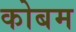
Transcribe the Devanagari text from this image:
कोबम